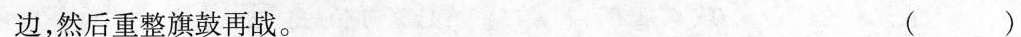
边，然后重整旗鼓再战。 ( )